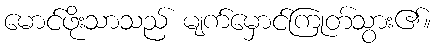
မောင်ဖိုးသာသည် မျက်မှောင်ကြုတ်သွား၏။